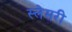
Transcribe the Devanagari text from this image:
स्लेमरी